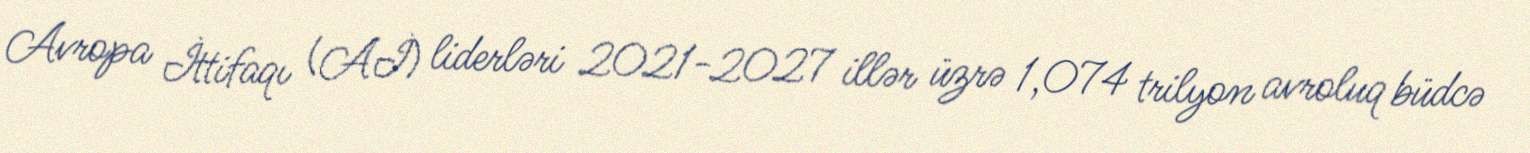
Avropa İttifaqı (Aİ) liderləri 2021-2027 illər üzrə 1,074 trilyon avroluq büdcə